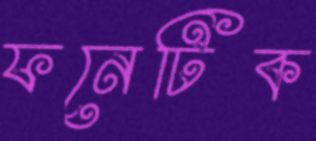
ফনেটিক